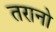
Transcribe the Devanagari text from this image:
तरानो